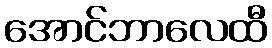
အောင်ဘာလေထီ